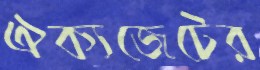
ঐক্যজেটের